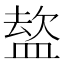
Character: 𭾈